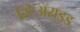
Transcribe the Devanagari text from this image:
स्टिअराइड